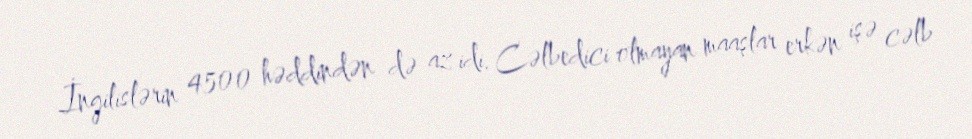
İngilislərin 4500 həddindən də az idi. Cəlbedici olmayan maaşlar erkən işə cəlb